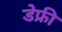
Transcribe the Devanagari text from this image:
डेफ्री